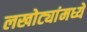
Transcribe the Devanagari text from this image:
लखोट्यांमध्ये